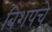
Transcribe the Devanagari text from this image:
बिशपचे